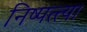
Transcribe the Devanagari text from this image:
निष्पत्त्या